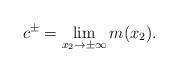
LaTeX: \begin{align*}c^\pm=\lim\limits_{x_2\to\pm\infty}m(x_2).\end{align*}